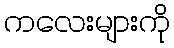
ကလေးများကို